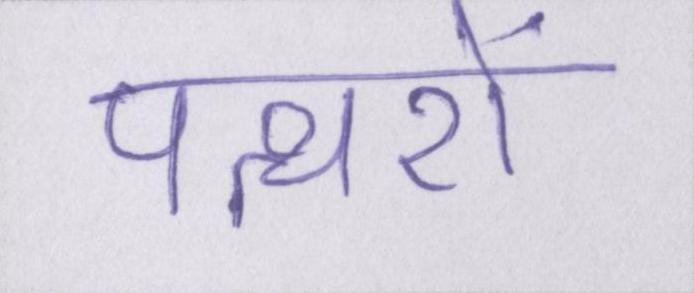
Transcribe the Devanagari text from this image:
पत्थरों